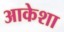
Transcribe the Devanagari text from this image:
आकेशा